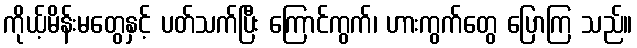
ကိုယ့်မိန်းမတွေနှင့် ပတ်သက်ပြီး ကြောင်ကွက်၊ ဟားကွက်တွေ ပြောကြ သည်။